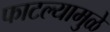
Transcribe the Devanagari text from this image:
फाटल्यामुळे